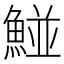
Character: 𩹁